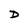
Character: D